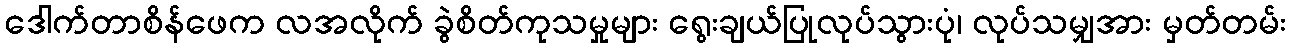
ဒေါက်တာစိန်ဖေက လအလိုက် ခွဲစိတ်ကုသမှုများ ရွေးချယ်ပြုလုပ်သွားပုံ၊ လုပ်သမျှအား မှတ်တမ်း